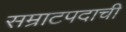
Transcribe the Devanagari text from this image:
सम्राटपदाची